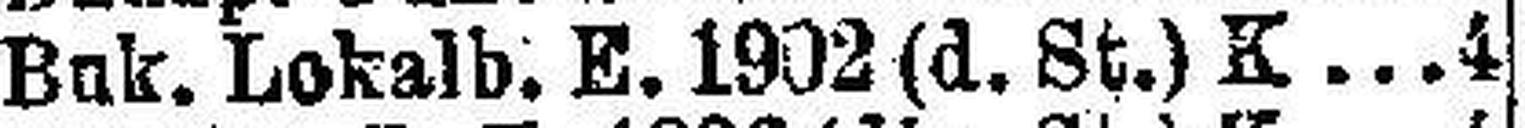
Buk. Lokalb. E. 1902 (d. St.) K 4